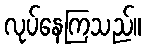
လုပ်နေကြသည်။